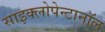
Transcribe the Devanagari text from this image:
साइक्लोपेन्टानॉल